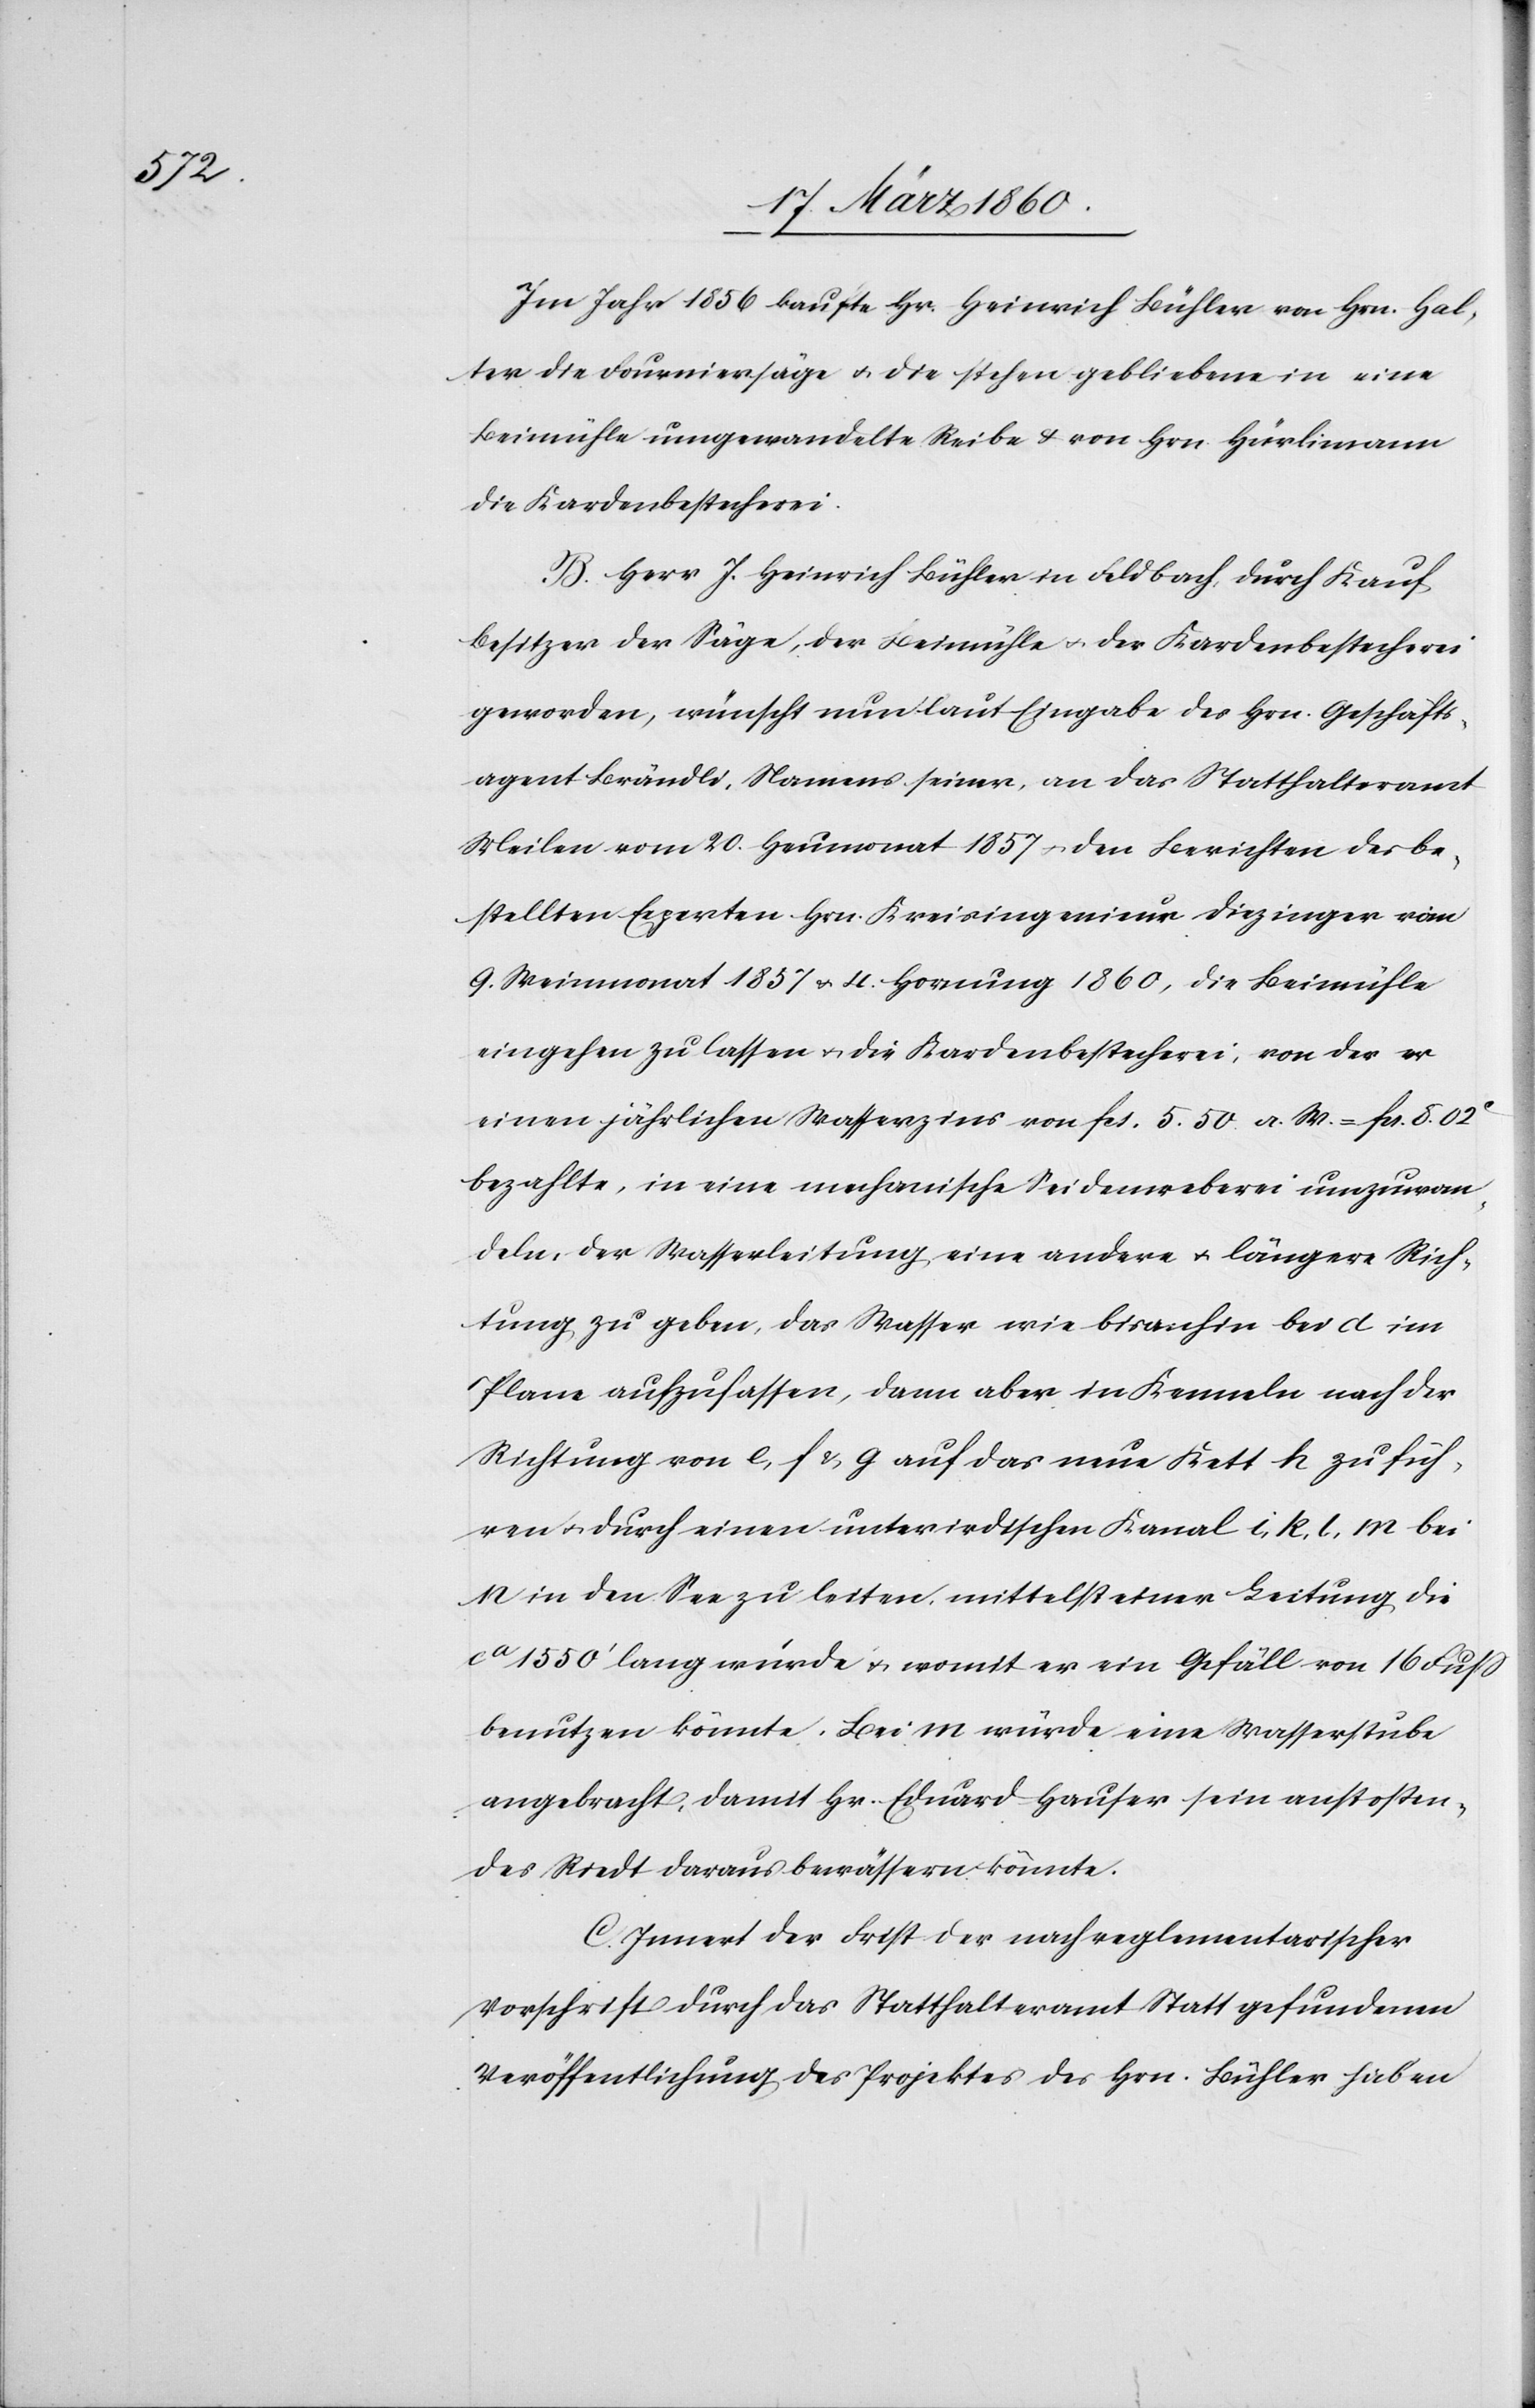
Im Jahr 1856 kaufte Hr. Heinrich Bühler von Hrn. Hal¬
ter die Fourniersäge u. die stehengebliebene in eine
Beimühle umgewandelte Reibe u. von Hrn. Hürlimann
die Kardenbestecherei.
B. Herr J. Heinrich Bühler in Feldbach, durch Kauf
Besitzer der Säge, der Beimühle u. der Kardenbestecherei
geworden, wünscht nun laut Eingabe des Hrn. Geschäfts¬
agent Brändli, Namens seiner, an das Statthalteramt
Meilen vom 20. Heumonat 1857 u. den Berichten des be¬
stellten Experten Hrn. Kreisingenieur Diezinger vom
9. Weinmonat 1857 u. 4 Hornung 1860, die Beimühle
eingehen zu lassen u. die Kardenbestecherei, von der er
einen jährlichen Wasserzins von fcs. 50. 50 a. W.=fcs. 8. 02C
bezahlte, in eine mechanische Seidenweberei umzuwan¬
deln, der Wasserleitung eine andere u. längere Rich¬
tung zu geben, das Wasser wie bisanhin bei d im
Plane aufzufassen, dann aber in Kenneln nach der
Richtung von e, f u. g auf das neue Kett h zu füh¬
ren u. durch einen unterirdischen Kanal i, k, l, m bei
n in den See zu leiten, mittelst einer Leitung, die
ca 1550’ lang würde u. womit er ein Gefäll von 16 Fuss
benutzen könnte. Bei m würde eine Wasserstube
angebracht, damit Hrn. Eduard Hauser sein anstossen¬
des Riedt daraus bewässern könnte.
C. Inner der Frist der nach reglementarischer
Vorschrift durch das Statthalteramt Statt gefundenen
Veröffentlichung des Projektes des Hrn. Bühler haben